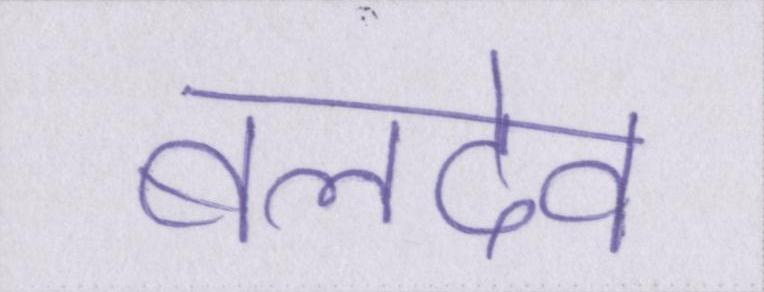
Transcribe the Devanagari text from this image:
बलदेव